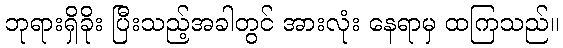
ဘုရားရှိခိုး ပြီးသည့်အခါတွင် အားလုံး နေရာမှ ထကြသည်။